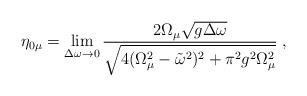
LaTeX: \begin{align*}\eta_{0\mu}=\lim_{\Delta \omega\to 0}\frac{2\Omega_\mu\sqrt{g\Delta\omega}}{\sqrt{4(\Omega_\mu^2-\tilde{\omega}^2)^2+\pi^2g^2\Omega_\mu^2}}\;,\end{align*}